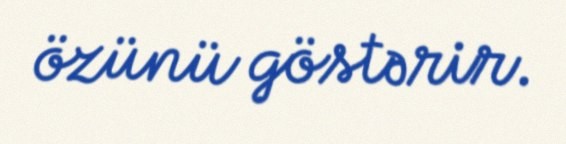
özünü göstərir.